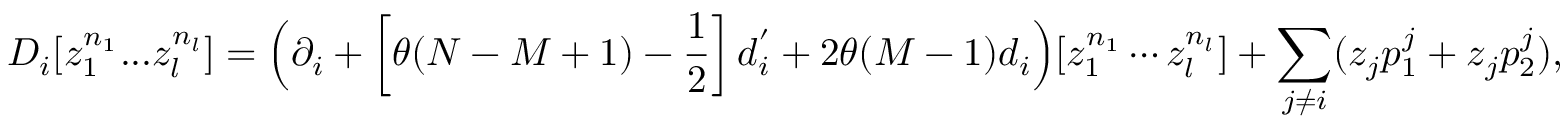
D _ { i } [ z _ { 1 } ^ { n _ { 1 } } . . . z _ { l } ^ { n _ { l } } ] = \Big ( \partial _ { i } + \left[ \theta ( N - M + 1 ) - \frac { 1 } { 2 } \right] d _ { i } ^ { ' } + 2 \theta ( M - 1 ) d _ { i } \Big ) [ z _ { 1 } ^ { n _ { 1 } } \cdots z _ { l } ^ { n _ { l } } ] + \sum _ { j \ne i } ( z _ { j } p _ { 1 } ^ { j } + z _ { j } p _ { 2 } ^ { j } ) ,